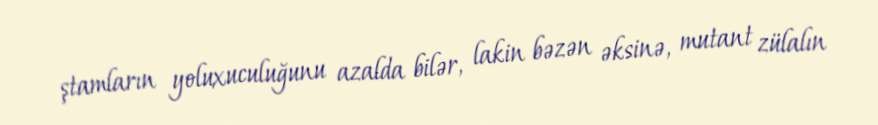
ştamların yoluxuculuğunu azalda bilər, lakin bəzən əksinə, mutant zülalın